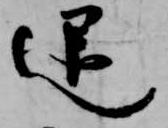
退